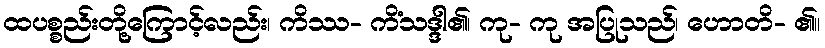
ထပစ္စည်းတို့ကြောင့်လည်း၊ ကိဿ- ကိံသဒ္ဒါ၏၊ ကု- ကု အပြုသည်၊ ဟောတိ- ၏။